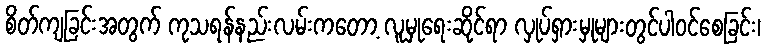
စိတ်ကျခြင်းအတွက် ကုသရန်နည်းလမ်းကတော့ လူမှုရေးဆိုင်ရာ လှုပ်ရှားမှုများတွင်ပါဝင်စေခြင်း၊